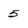
Character: 5